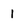
Character: 1